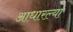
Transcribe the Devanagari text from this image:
आधारल्या